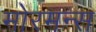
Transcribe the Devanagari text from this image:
मोरमन्स